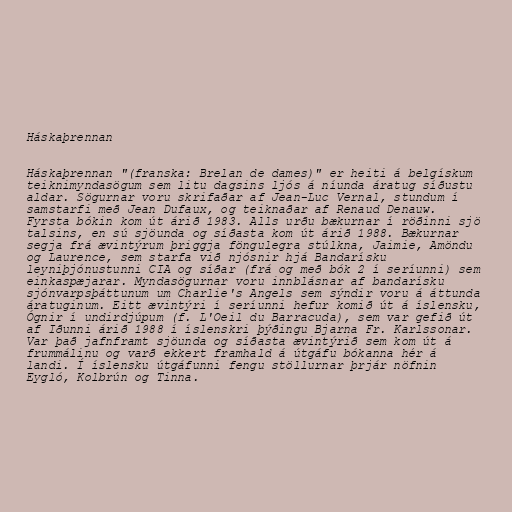
Háskaþrennan

Háskaþrennan "(franska: Brelan de dames)" er heiti á belgískum
teiknimyndasögum sem litu dagsins ljós á níunda áratug síðustu
aldar. Sögurnar voru skrifaðar af Jean-Luc Vernal, stundum í
samstarfi með Jean Dufaux, og teiknaðar af Renaud Denauw.
Fyrsta bókin kom út árið 1983. Alls urðu bækurnar í röðinni sjö
talsins, en sú sjöunda og síðasta kom út árið 1988. Bækurnar
segja frá ævintýrum þriggja föngulegra stúlkna, Jaimie, Amöndu
og Laurence, sem starfa við njósnir hjá Bandarísku
leyniþjónustunni CIA og síðar (frá og með bók 2 í seríunni) sem
einkaspæjarar. Myndasögurnar voru innblásnar af bandarísku
sjónvarpsþáttunum um Charlie's Angels sem sýndir voru á áttunda
áratuginum. Eitt ævintýri í seríunni hefur komið út á íslensku,
Ógnir í undirdjúpum (f. L'Oeil du Barracuda), sem var gefið út
af Iðunni árið 1988 í íslenskri þýðingu Bjarna Fr. Karlssonar.
Var það jafnframt sjöunda og síðasta ævintýrið sem kom út á
frummálinu og varð ekkert framhald á útgáfu bókanna hér á
landi. Í íslensku útgáfunni fengu stöllurnar þrjár nöfnin
Eygló, Kolbrún og Tinna.